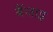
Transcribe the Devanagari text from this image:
बैंजाइ